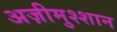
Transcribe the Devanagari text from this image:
अज़ीमुश्शान